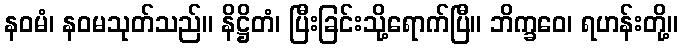
နဝမံ၊ နဝမသုတ်သည်။ နိဋ္ဌိတံ၊ ပြီးခြင်းသို့ရောက်ပြီ။ ဘိက္ခဝေ၊ ရဟန်းတို့။